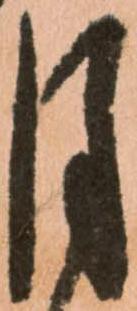
月